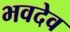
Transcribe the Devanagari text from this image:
भवदेव